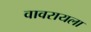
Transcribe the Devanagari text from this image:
वावरायला